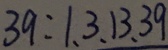
3 9 : 1 、 3 、 1 3 、 3 9